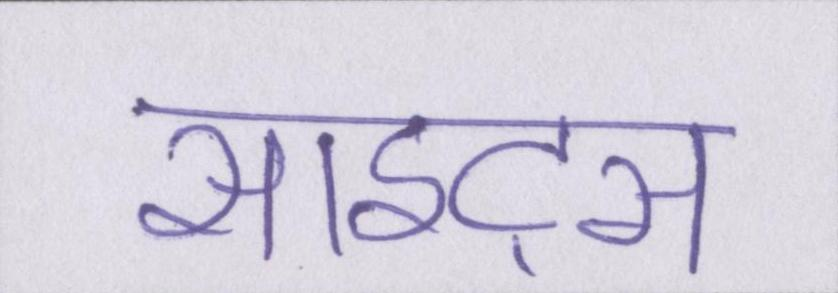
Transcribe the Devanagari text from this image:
साइट्स